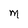
Character: M